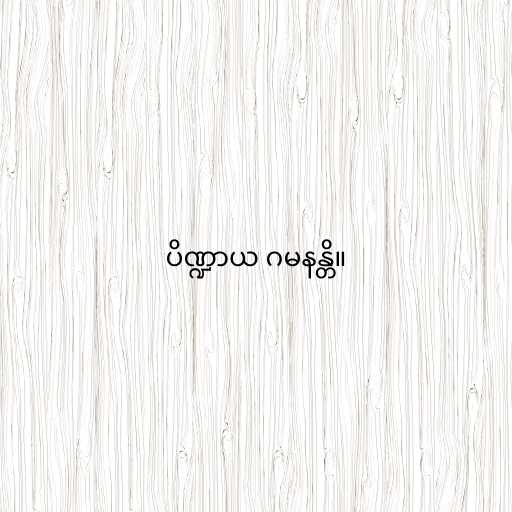
ပိဏ္ဍာယ ဂမနန္တိ။